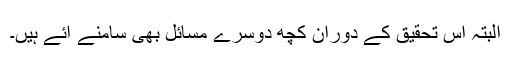
البتہ اس تحقیق کے دوران کچھ دوسرے مسائل بھی سامنے آئے ہیں۔